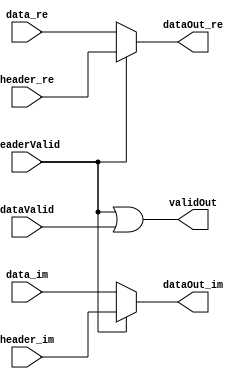
// -------------------------------------------------------------
// 
// 
// Generated by MATLAB 9.13 and HDL Coder 4.0
// 
// -------------------------------------------------------------


// -------------------------------------------------------------
// 
// Module: whdlOFDMTx_Multiplex_Header_and_Data_Signals
// Source Path: whdlOFDMTx/Multiplexer/Multiplex Header and Data Signals
// Hierarchy Level: 3
// 
// -------------------------------------------------------------

`timescale 1 ns / 1 ns

module whdlOFDMTx_Multiplex_Header_and_Data_Signals
          (header_re,
           header_im,
           headerValid,
           data_re,
           data_im,
           dataValid,
           dataOut_re,
           dataOut_im,
           validOut);


  input   signed [15:0] header_re;  // sfix16_En14
  input   signed [15:0] header_im;  // sfix16_En14
  input   headerValid;
  input   signed [15:0] data_re;  // sfix16_En14
  input   signed [15:0] data_im;  // sfix16_En14
  input   dataValid;
  output  signed [15:0] dataOut_re;  // sfix16_En14
  output  signed [15:0] dataOut_im;  // sfix16_En14
  output  validOut;


  wire signed [15:0] Switch_out1_re;  // sfix16_En14
  wire signed [15:0] Switch_out1_im;  // sfix16_En14
  wire Logical_Operator_out1;


  assign Switch_out1_re = (headerValid == 1'b0 ? data_re :
              header_re);
  assign Switch_out1_im = (headerValid == 1'b0 ? data_im :
              header_im);



  assign dataOut_re = Switch_out1_re;

  assign dataOut_im = Switch_out1_im;

  assign Logical_Operator_out1 = headerValid | dataValid;



  assign validOut = Logical_Operator_out1;

endmodule  // whdlOFDMTx_Multiplex_Header_and_Data_Signals